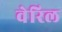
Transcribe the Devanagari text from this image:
वेरिल